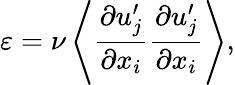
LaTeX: \varepsilon=\nu\left\langle{\frac{\partial u_{j}^{\prime}}{\partial x_{i}}\frac{\partial u_{j}^{\prime}}{\partial x_{i}}}\right\rangle,